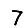
Digit: 7